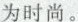
为时尚。